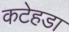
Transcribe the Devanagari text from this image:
कटेहडा